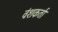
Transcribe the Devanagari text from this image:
वंशकर्ता